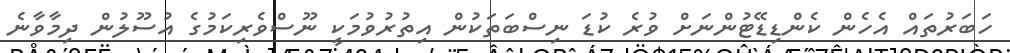
ހަބަރުތައް އެހެން ކެންޑިޑޭޓުންނަށް ވުރެ ކުޑަ ނިސްބަތަކުން އިތުރުވުމަކީ ނޫސްވެރިކަމުގެ އުސޫލުން ދިމާވާނެ